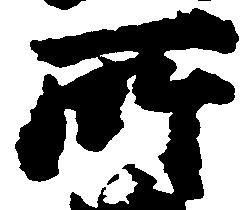
所